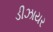
ડીઝાયર